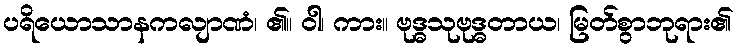
ပရိယောသာနကလျာဏံ၊ ၏။ ဝါ၊ ကား။ ဗုဒ္ဓသုဗုဒ္ဓတာယ၊ မြတ်စွာဘုရား၏